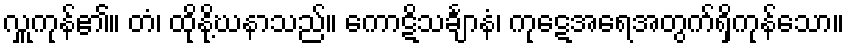
လှူကုန်၏။ တံ၊ ထိုနို့ဃနာသည်။ ကောဋိသင်္ချာနံ၊ ကုဋေအရေအတွက်ရှိကုန်သော။